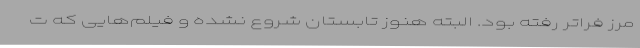
مرز فراتر رفته بود. البته هنوز تابستان شروع نشده و فیلم‌هایی که ت